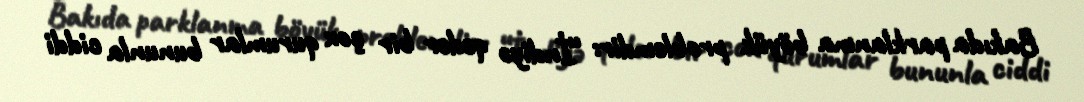
Bakıda parklanma böyük problemdir: “İndiyə qədər bir çox qurumlar bununla ciddi